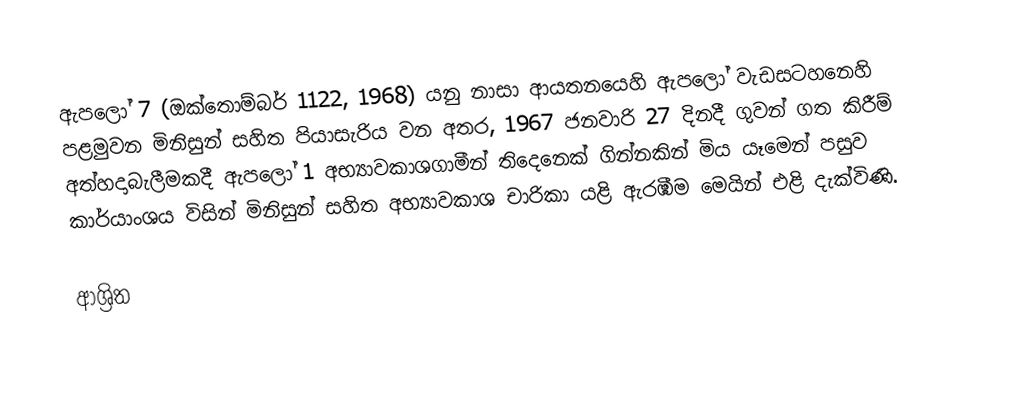
ඇපලෝ 7 (ඔක්තොම්බර් 1122, 1968) යනු නාසා ආයතනයෙහි   ඇපලෝ වැඩසටහනෙහි පළමුවන මිනිසුන් සහිත පියාසැරිය වන අතර, 1967 ජනවාරි 27 දිනදී ගුවන් ගත  කිරීම් අත්හදාබැලීමකදී  ඇපලෝ 1 අභ්‍යාවකාශගාමීන් තිදෙනෙක් ගින්නකින් මිය යෑමෙන් පසුව කාර්යාංශය විසින්  මිනිසුන් සහිත අභ්‍යාවකාශ චාරිකා යළි ඇරඹීම මෙයින් එළි දැක්විණි.

ආශ්‍රිත